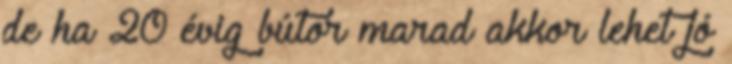
de ha 20 évig bútor marad akkor lehet jó